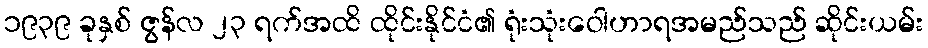
၁၉၃၉ ခုနှစ် ဇွန်လ ၂၃ ရက်အထိ ထိုင်းနိုင်ငံ၏ ရုံးသုံးဝေါဟာရအမည်သည် ဆိုင်းယမ်း